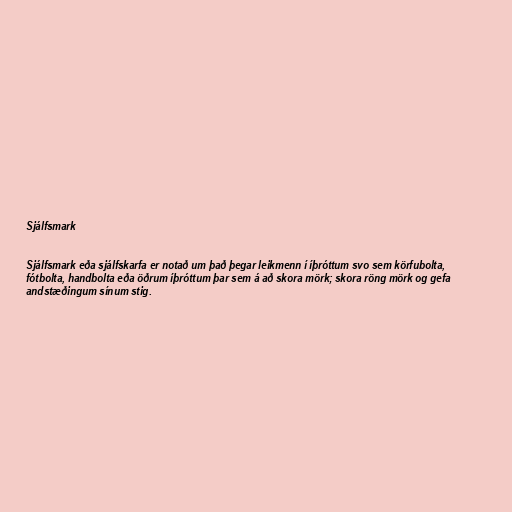
Sjálfsmark

Sjálfsmark eða sjálfskarfa er notað um það þegar leikmenn í íþróttum svo sem körfubolta,
fótbolta, handbolta eða öðrum íþróttum þar sem á að skora mörk; skora röng mörk og gefa
andstæðingum sínum stig.